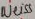
Text: weiss